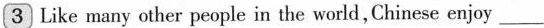
\boxed{3} Like many other people in the world,Chinese enjoy ___